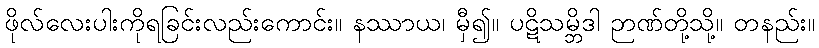
ဖိုလ်လေးပါးကိုရခြင်းလည်းကောင်း။ နဿာယ၊ မှီ၍။ ပဋိသမ္ဘိဒါ ဉာဏ်တို့သို့။ တနည်း။